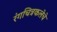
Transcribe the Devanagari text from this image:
रंगचित्रकलेचे